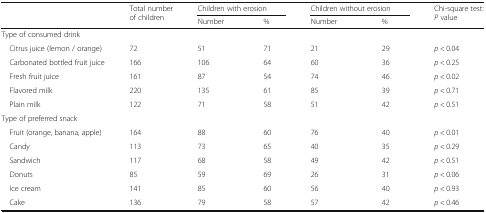
<table><thead><tr><td rowspan="2"></td><td rowspan="2"><b>Total number of children</b></td><td colspan="2"><b>Children with erosion</b></td><td colspan="2"><b>Children without erosion</b></td><td rowspan="2"><b>Chi-square test: <i>P</i> value</b></td></tr><tr><td><b>Number</b></td><td><b>%</b></td><td><b>Number</b></td><td><b>%</b></td></tr></thead><tbody><tr><td colspan="7">Type of consumed drink</td></tr><tr><td> Citrus juice (lemon / orange)</td><td>72</td><td>51</td><td>71</td><td>21</td><td>29</td><td><i>p</i> &lt; 0.04</td></tr><tr><td> Carbonated bottled fruit juice</td><td>166</td><td>106</td><td>64</td><td>60</td><td>36</td><td><i>p</i> &lt; 0.25</td></tr><tr><td> Fresh fruit juice</td><td>161</td><td>87</td><td>54</td><td>74</td><td>46</td><td><i>p</i> &lt; 0.02</td></tr><tr><td> Flavored milk</td><td>220</td><td>135</td><td>61</td><td>85</td><td>39</td><td><i>p</i> &lt; 0.71</td></tr><tr><td> Plain milk</td><td>122</td><td>71</td><td>58</td><td>51</td><td>42</td><td><i>p</i> &lt; 0.51</td></tr><tr><td colspan="7">Type of preferred snack</td></tr><tr><td> Fruit (orange, banana, apple)</td><td>164</td><td>88</td><td>60</td><td>76</td><td>40</td><td><i>p</i> &lt; 0.01</td></tr><tr><td> Candy</td><td>113</td><td>73</td><td>65</td><td>40</td><td>35</td><td><i>p</i> &lt; 0.29</td></tr><tr><td> Sandwich</td><td>117</td><td>68</td><td>58</td><td>49</td><td>42</td><td><i>p</i> &lt; 0.51</td></tr><tr><td> Donuts</td><td>85</td><td>59</td><td>69</td><td>26</td><td>31</td><td><i>p</i> &lt; 0.06</td></tr><tr><td> Ice cream</td><td>141</td><td>85</td><td>60</td><td>56</td><td>40</td><td><i>p</i> &lt; 0.93</td></tr><tr><td> Cake</td><td>136</td><td>79</td><td>58</td><td>57</td><td>42</td><td><i>p</i> &lt; 0.46</td></tr></tbody></table>